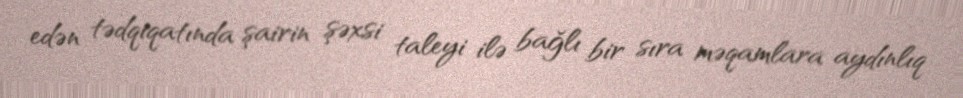
edən tədqiqatında şairin şəxsi taleyi ilə bağlı bir sıra məqamlara aydınlıq